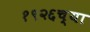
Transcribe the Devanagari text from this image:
१९२६च्या